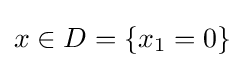
x\in D=\{x_{1}=0\}